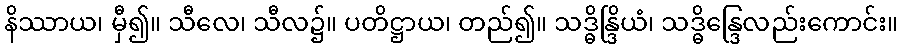
နိဿာယ၊ မှီ၍။ သီလေ၊ သီလ၌။ ပတိဋ္ဌာယ၊ တည်၍။ သဒ္ဓိန္ဒြိယံ၊ သဒ္ဓိန္ဒြေလည်းကောင်း။